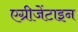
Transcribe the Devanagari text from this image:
एग्रीजेंटाइन